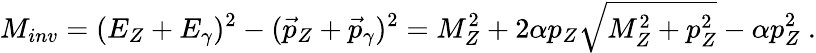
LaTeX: M_{inv}=(E_{Z}+E_{\gamma})^{2}-(\vec{p}_{Z}+\vec{p}_{\gamma})^{2}=M_{Z}^{2}+2\alpha p_{Z}\sqrt{M_{Z}^{2}+p_{Z}^{2}}-\alpha p_{Z}^{2}~.